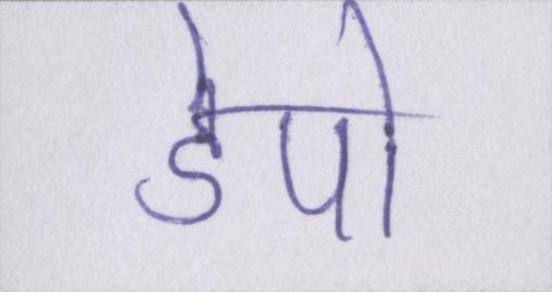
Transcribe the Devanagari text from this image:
डेपो